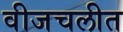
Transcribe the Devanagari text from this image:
वीजचलीत